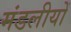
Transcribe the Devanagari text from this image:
मंडलीयों